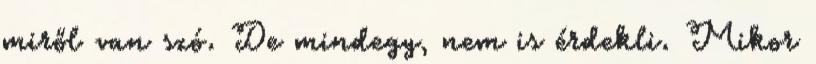
miről van szó. De mindegy, nem is érdekli. Mikor